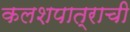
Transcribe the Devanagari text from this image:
कलशपात्राची